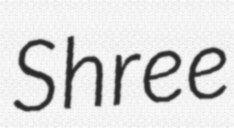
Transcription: Shree